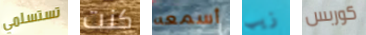
تستسلمي كنت أسمعه زيب كوربس